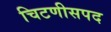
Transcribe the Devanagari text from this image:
चिटणीसपद